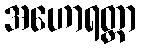
အဟောရတ္တာ